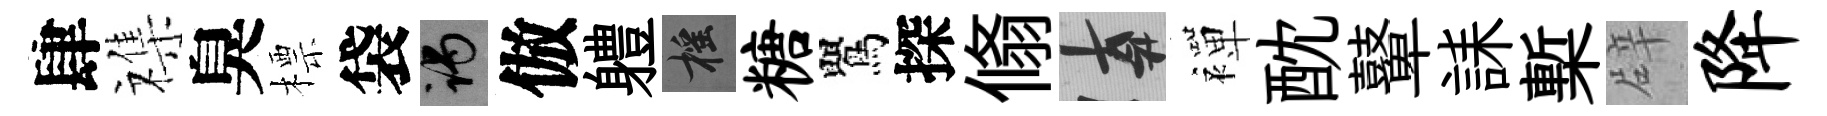
肆襍臭標袋谒倣軆摇糖鸎探翛遲襌酖鼙誄槧辟降